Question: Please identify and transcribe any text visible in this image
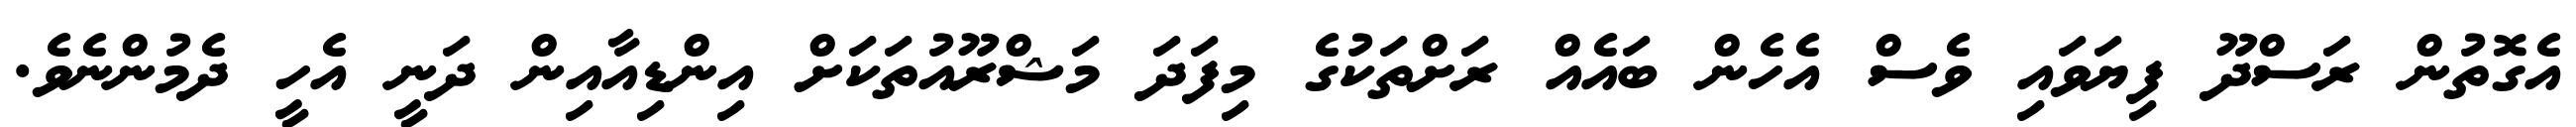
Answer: އެގޮތުން ރަސްދޫ ފިޔަވައި ވެސް އެހެން ބައެއް ރަށްތަކުގެ މިފަދަ މަޝްރޫއުތަކަށް އިންޑިއާއިން ދަނީ އެހީ ދެމުންނެވެ.